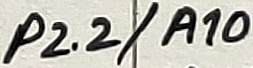
Text: P2.2/A10